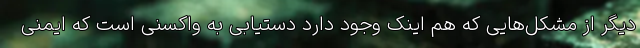
دیگر از مشکل‌هایی که هم اینک وجود دارد دستیابی به واکسنی است که ایمنی